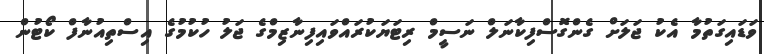
ވަޑައިގަތުމާ އެކު ޖަލަށް ގެންގޮސްފިކާނަލް ނަސީމް ރިޓަޔަކުރައްވައިފިނާޒިމްގެ ޖަލު ހުކުމުގެ އިސްތިއުނާފް ކޯޓުން